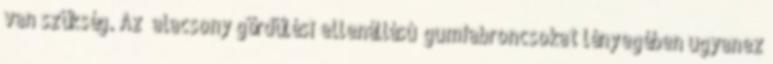
van szükség. Az „alacsony gördülési ellenállású” gumiabroncsokat lényegében ugyanez